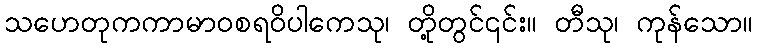
သဟေတုကကာမာဝစရဝိပါကေသု၊ တို့တွင်၎င်း။ တီသု၊ ကုန်သော။